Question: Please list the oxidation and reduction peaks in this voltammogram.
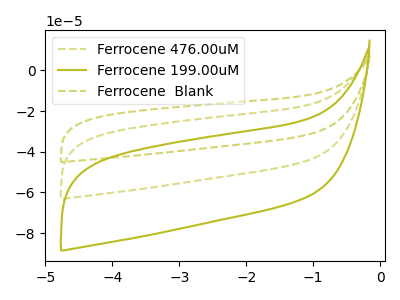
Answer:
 <answer>The olive dashed curve "Ferrocene 476.00uM" has no peaks. The olive curve "Ferrocene 199.00uM" has no peaks. The olive dashed curve "Ferrocene  Blank" has no peaks.</answer>
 <eval></eval>